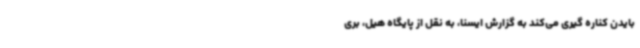
بایدن کناره گیری می‌کند به گزارش ایسنا، به نقل از پایگاه هیل، بری